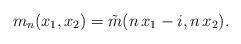
LaTeX: \begin{align*}m_n(x_1,x_2)=\tilde{m}(n\, x_1-i,n\, x_2).\end{align*}